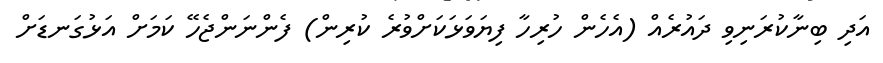
އަދި ބިނާކުރަނިވި ދައުރެއް (އެހެން ހުރިހާ ފިޔަވަޅަކަށްވުރެ ކުރިން) ފެންނަންޖެހޭ ކަމަށް އަޅުގަނޑަށް